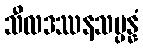
သီလဒဿနသမ္ပန္နံ